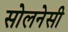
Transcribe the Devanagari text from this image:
सोलनेसी